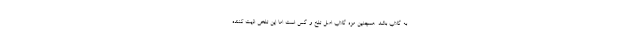
به گلاب باشد. همچنین مزه گلاب اصل تلخ و گس است اما این تلخی اذیت کننده